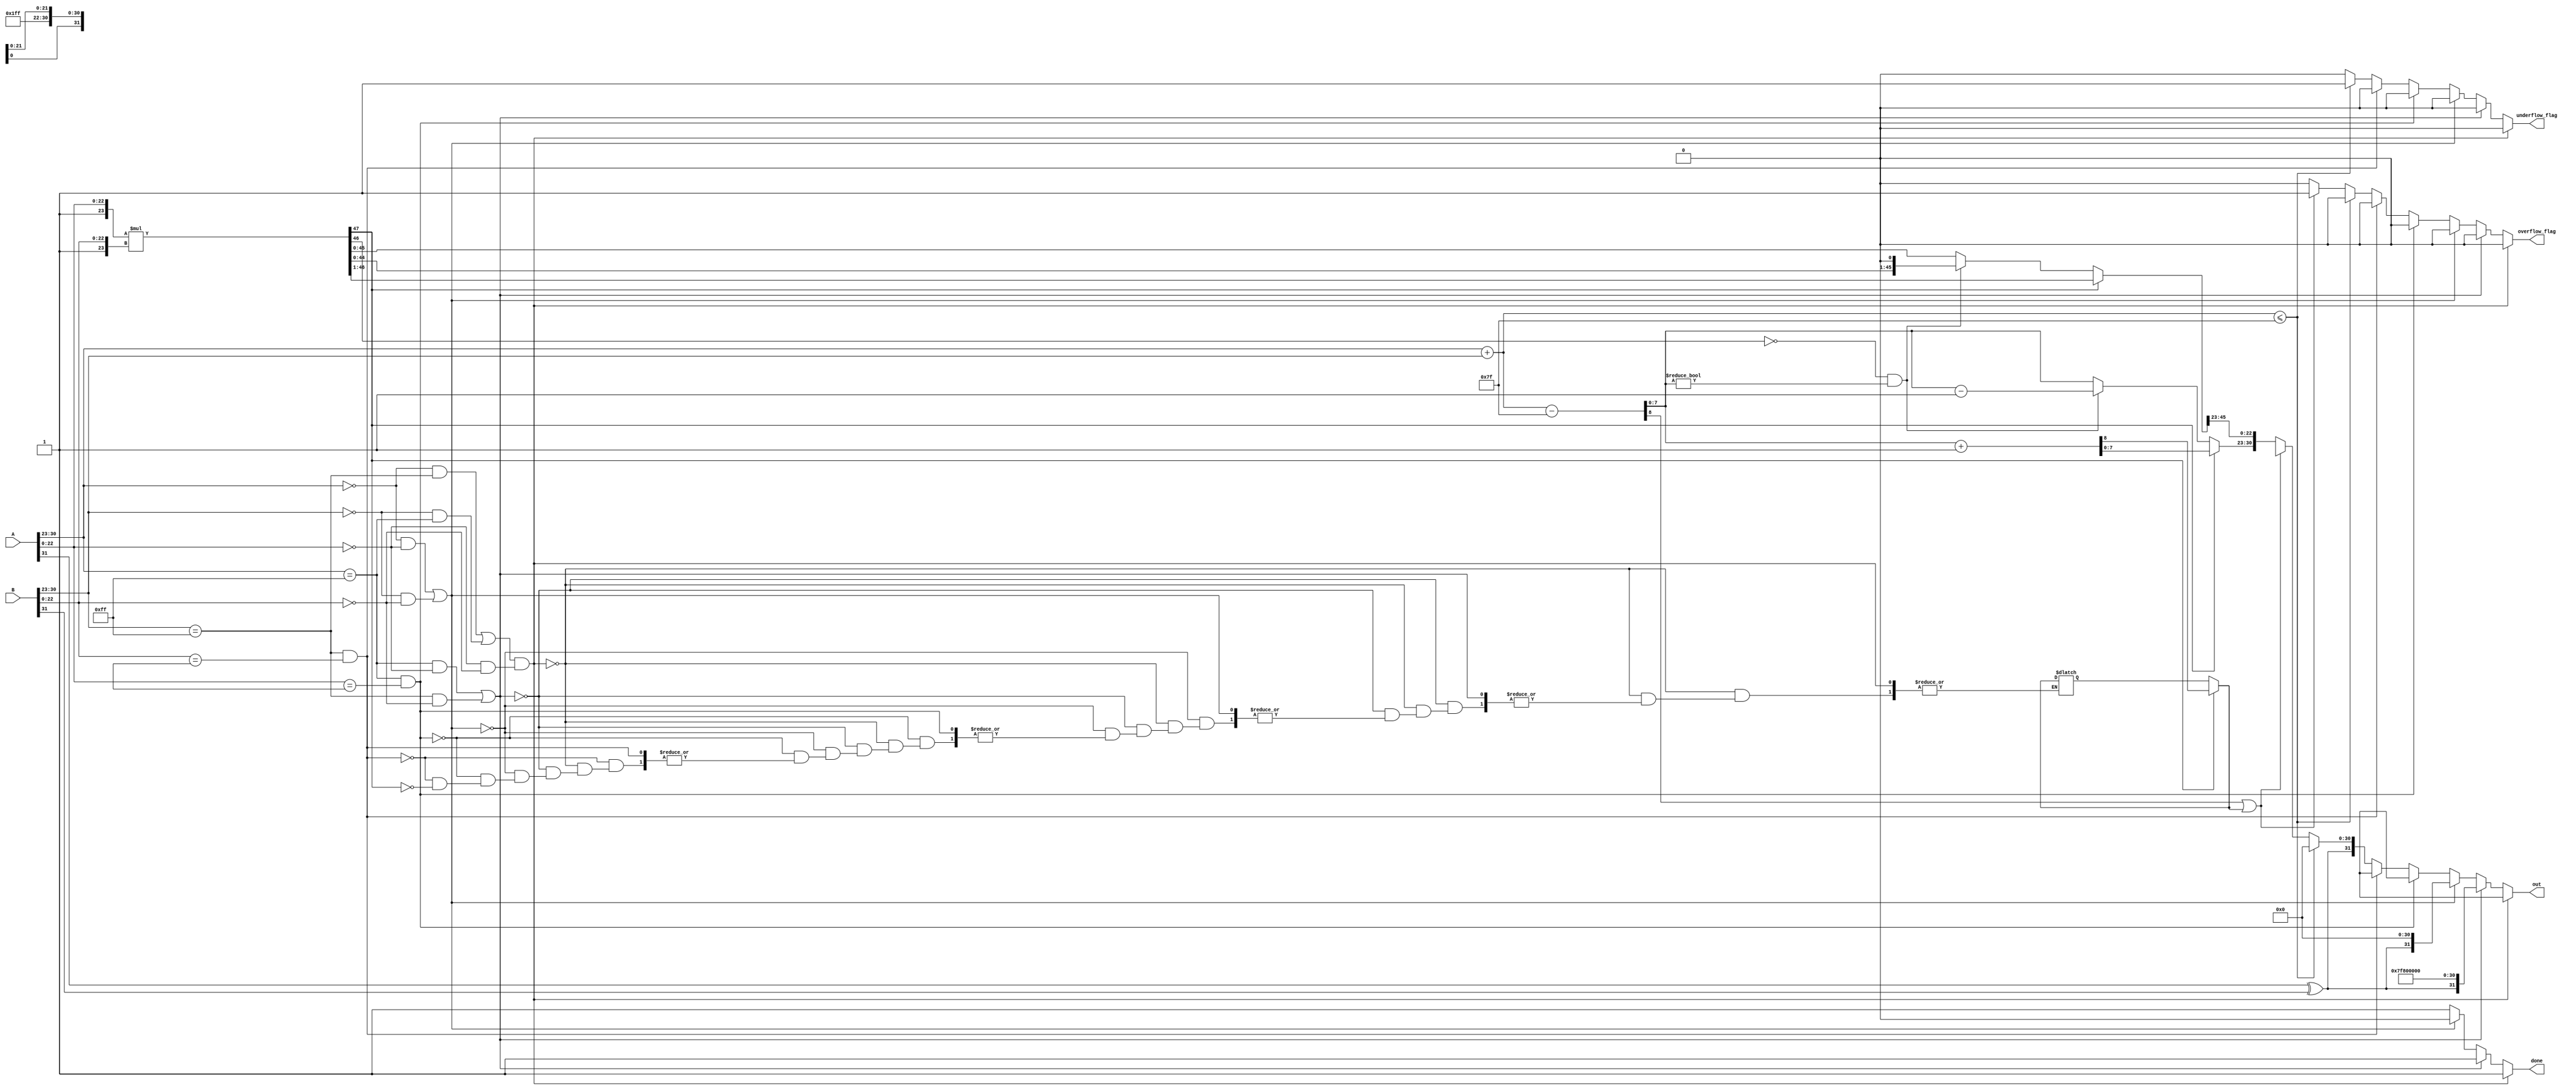
module multiplier #(parameter X =32) (A, B, out, done, overflow_flag, underflow_flag);

//Local Parameters
localparam expo_bits = (X == 32) ? 8   : 11; 
localparam mant_bits = (X == 32) ? 23  : 52;
localparam bias      = (X == 32) ? 127 : 1023;

//Port Declaration
input wire [X-1:0]A; 
input wire [X-1:0]B;
output reg [X-1:0]out; 
output reg done;
output reg overflow_flag; 
output reg underflow_flag;

//Intermediate Variables.
reg [expo_bits-1:0] exp_a; 
reg [expo_bits-1:0] exp_b;
reg [expo_bits-1:0] exp_out;

reg [mant_bits-1:0] mant_a; 
reg [mant_bits-1:0] mant_b;
reg [mant_bits-1:0] mant_out;

reg sign;
reg cout   = 0;
reg cout_2 = 0;
	
//48 (i.e. [47:0]) in case of 32 bit input (man bits 23) and 
//106 in case of 64 bit input therefore 2*(man_bits+1) 
//therefore from 2*(man_bits+1)-1 to 0
reg [(2*(mant_bits)+1):0] product; 

	
always @ (*)
begin
	//Reseting flags at the beginning.
   overflow_flag = 0;
	underflow_flag = 0;
	
	done=1'b0; 

	exp_a = A[X-2:X-expo_bits-1];
	exp_b = B[X-2:X-expo_bits-1];
	
	mant_a = A[X-expo_bits-2:0];
	mant_b = B[X-expo_bits-2:0];


//1. calculate sign bit (general even for special numbers)
	if (A[X-1] == {1'bX} || B[X-1] == {1'bX}) begin
		sign = {1'bX};
	end
	else begin
		sign=A[X-1]^B[X-1]; //XOR of 2 input bits
	end

//2. check for special cases:

	/*case 1: 0*inf or inf*0 -> NaN
	A -> 0 i.e. E:00000000 m:00000000000000000000000
	B -> inf i.e. E:11111111 m:00000000000000000000000
	or vice versa
	Output -> NaN i.e. E:11111111 m:1XXXXXXXXXXXXXXXXXXXXXX*/
	if( ( ((exp_a == 0) && (exp_b == {expo_bits{1'b1}})) || ((exp_b== 0) && (exp_a == {expo_bits{1'b1}})) ) && ((mant_a == 0) && (mant_b == 0)) ) begin
		out={{1'bX}, {expo_bits{1'b1}}, 1'b1, {(mant_bits-1){1'bX}}};
		done=1'b1;
	end

	/*case 2: Inf*Inf -> Inf or Inf*num -> Inf or num*Inf -> Inf
	inf i.e. E:11111111 m:00000000000000000000000*/
	else if(((exp_a == {expo_bits{1'b1}}) && (mant_a == 0)) || ((exp_b == {expo_bits{1'b1}}) && (mant_b == 0))) begin
		out={sign, {expo_bits{1'b1}},{mant_bits{1'b0}}};
		done=1'b1;
	end

	/*case 3: 0*num or num*0 or 0*0 -> 0 (TO-DO)*/
	//--------------------------------------------------------------------------------------------------------------------------- 
	//If at least one of the operands was zero, the output must be zero.
	else if (((exp_a == 0) && (mant_a == 0) && ((sign == {1'b1}) || (sign == {1'b0}))) || ((exp_b == 0) && (mant_b == 0) && ((sign == {1'b1}) || (sign == {1'b0})))) begin
		out = {{sign}, {expo_bits{1'b0}}, {mant_bits{1'b0}}};
	end
	//--------------------------------------------------------------------------------------------------------------------------- 

	/*case 4: A is NaN
	A -> NaN i.e. E:11111111 m:1XXXXXXXXXXXXXXXXXXXXXX
	Output -> NaN i.e. E:11111111 m:1XXXXXXXXXXXXXXXXXXXXXX*/
	else if ((exp_a == {expo_bits{1'b1}}) && (mant_a == {1'b1, {(mant_bits-1){1'bX}}})) begin
		out={{1'bX}, {expo_bits{1'b1}},1'b1, {(mant_bits-1){1'bX}}};
		done=1'b1;
	end

	/*case 5: B is NaN
	A -> NaN i.e. E:11111111 m:1XXXXXXXXXXXXXXXXXXXXXX
	Output -> NaN i.e. E:11111111 m:1XXXXXXXXXXXXXXXXXXXXXX*/
	else if ((exp_b == {expo_bits{1'b1}}) && (mant_b == {1'b1, {(mant_bits-1){1'bX}}})) begin
		out={{1'bX}, {expo_bits{1'b1}},1'b1, {(mant_bits-1){1'bX}}};
		done=1'b1;
	end

	//Normal case:
	else begin
//3. add exponents of both numbers (exp_a and exp_b) then subtract bias from the result (TO-DO) -> No need for module
		//store result in exp_out
		//--------------------------------------------------------------------------------------------------------------------------- 
		{cout, exp_out} = exp_a + exp_b - bias;
		//--------------------------------------------------------------------------------------------------------------------------- 

//4. multiply the mantissas. Note: 1.mantissaA * 1.mantissaB therefore mant_a_2 * mant_b_2
		product = {{1'b1}, mant_a} * {{1'b1},mant_b};

//5. normalize and truncate (module) (note this will affect exponent)
		//if most significant (47 in 32 bits) is 1, normalization is needed
		if(product[(2*(mant_bits)+1)] == 1) begin
			{cout_2, exp_out} = exp_out + 1;
			product = product >> 1;
		end 
		//if most significant was zero and second most significant is also zero then normalize again
		else if((product[2*(mant_bits)] != 1) && (exp_out != 0)) begin
			exp_out = exp_out - 1;
			product = product << 1; 
		end

		/*output mantissa of size 46 for 32 bits is [45:0]
		to truncate take product[45:23] in case of 32 bits:*/
		mant_out = product[(2*(mant_bits)-1):((2*(mant_bits)-1)-mant_bits+1)];

//6. overflow or underflow (depending on size of exponent) exit. accepted: 254>= exponent>=1 (TO-DO)
		//--------------------------------------------------------------------------------------------------------------------------- 
		//To avoid dealing with "Carries" and "Borrows" check for overflow and underflow 
		//before subtracting the bias from the sum of the two biased exponentials.

		//Let A_Exponent and B_Exponent be the biased exponents of the two inputs A and B respectively.

		//The value of each exponent is expected to range from 1 to (bias * 2).

		//if ((A_Exponent + B_Exponent) <= bias) then you would expect that after subtracting the bias 
		//you would get a value less than the minimum accepted value for the exponent (which is 1) 
		//this is when underflow is detected.

		//if ((A_Exponent + B_Exponent) >= (bias * 2)) then you would expect that after subtracting the bias 
		//you would get a value greater than the maximum accepted value for the exponent (which is (bias * 2)) 
		//this is when overflow is detected.

		//if underflow was detected then output = zero.
		//if overflow was detected then output = infinity.


		//Handling Underflow.
		//Expected Output: Zero
		if ((exp_a + exp_b) <= bias) begin
			out = {{sign}, {expo_bits{1'b0}}, {mant_bits{1'b0}}};
			underflow_flag = 1;
			done=1'b1;	
		end

		//Handling Overflow.
		//Expected Output: Infinity
		
		/*else if ((exp_a + exp_b) >= (bias * 2)) begin
			out = {{sign}, {expo_bits{1'b1}}, {mant_bits{1'b1}}};
			done=1'b1;	
		 end*/
		 
		 else if(cout ==1 || cout_2 ==1) begin
			out = {{sign}, {expo_bits{1'b1}}, {1'b1}, {(mant_bits-1){1'bX}}};
			overflow_flag = 1;
			done=1'b1;	
		 end
		 
		//--------------------------------------------------------------------------------------------------------------------------- 
		else begin
//7. store final answer and set done bit
			out={sign, exp_out, mant_out};
			done=1'b1;	
		end

	end
end
endmodule